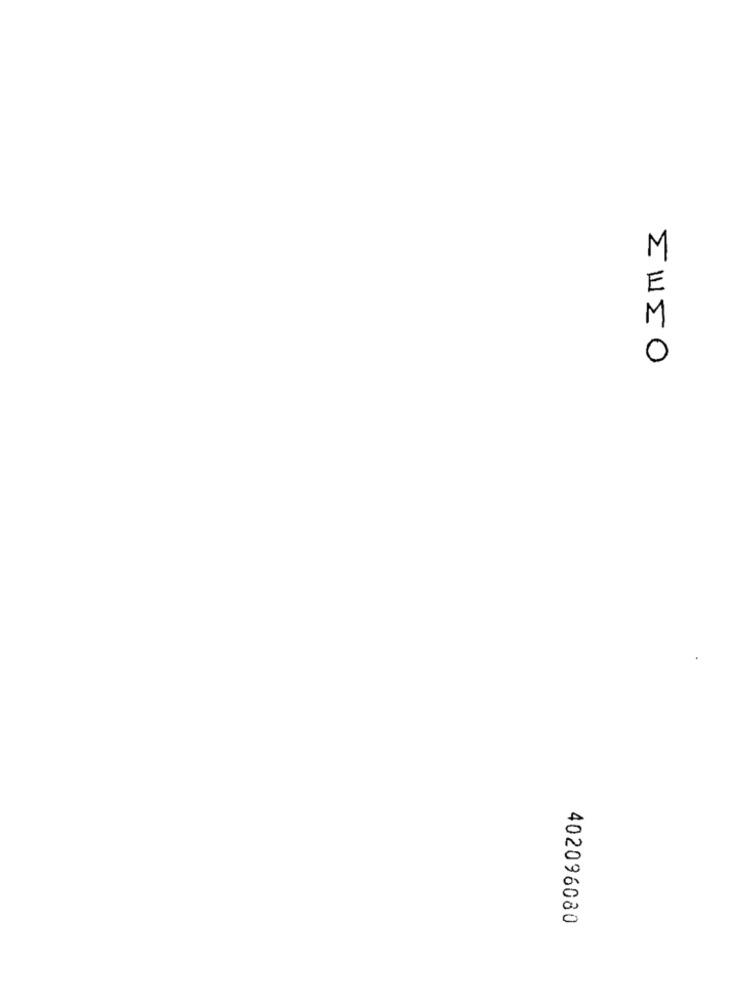
ZU50
402096080